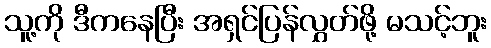
သူ့ကို ဒီကနေပြီး အရှင်ပြန်လွှတ်ဖို့ မသင့်ဘူး